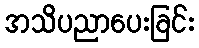
အသိပညာပေးခြင်း